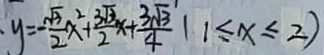
y = - \frac { \sqrt { 3 } } { 2 } x ^ { 2 } + \frac { 3 \sqrt { 3 } } { 2 } x + \frac { 3 \sqrt { 3 } } { 4 } 1 1 \leq x \leq 2 )